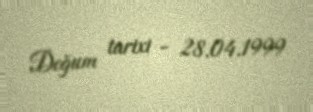
Doğum tarixi - 28.04.1999